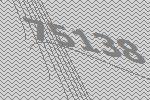
75138